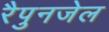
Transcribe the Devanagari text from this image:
रैपुनजेल